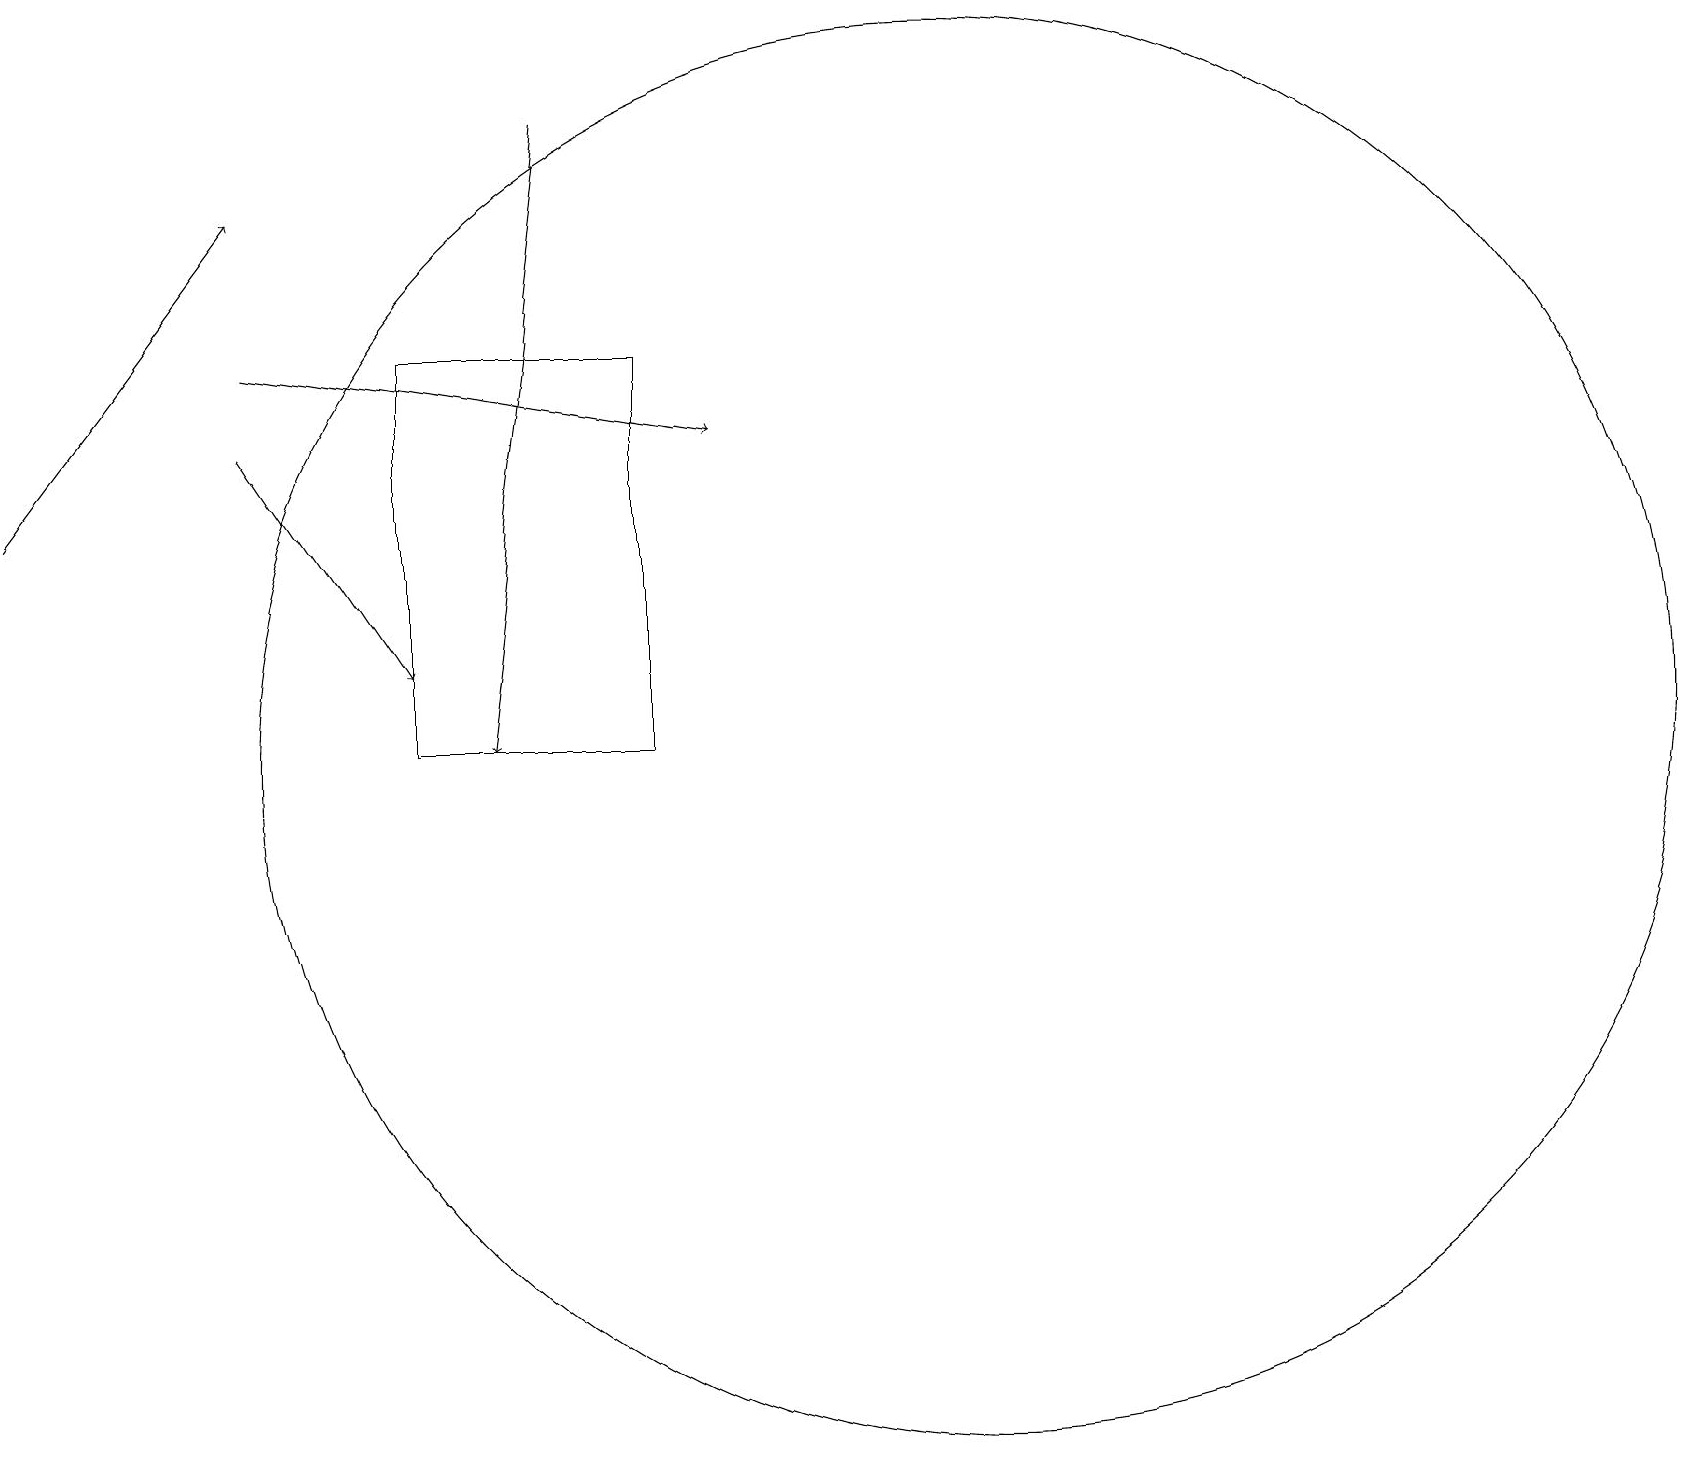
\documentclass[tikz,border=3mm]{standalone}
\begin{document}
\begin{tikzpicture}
\draw (8,15) rectangle (5,10);
\draw[->] (3,15) -- (9,14);
\draw[->] (7,18) -- (6,10);
\draw[->] (3,14) -- (5,11);
\draw (12,10) circle (9);
\draw[->] (0,13) -- (3,17);
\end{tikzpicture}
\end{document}